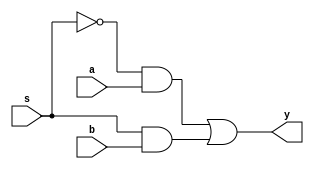
module mux2x1_dataflow (a, b, s, y);

	input a, b, s;
	output y;

	assign y = (~s & a) | (s & b);

endmodule